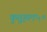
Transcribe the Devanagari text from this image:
कुतूहल५०